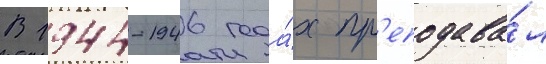
В 1944-1946 года́х пр'еподава́л